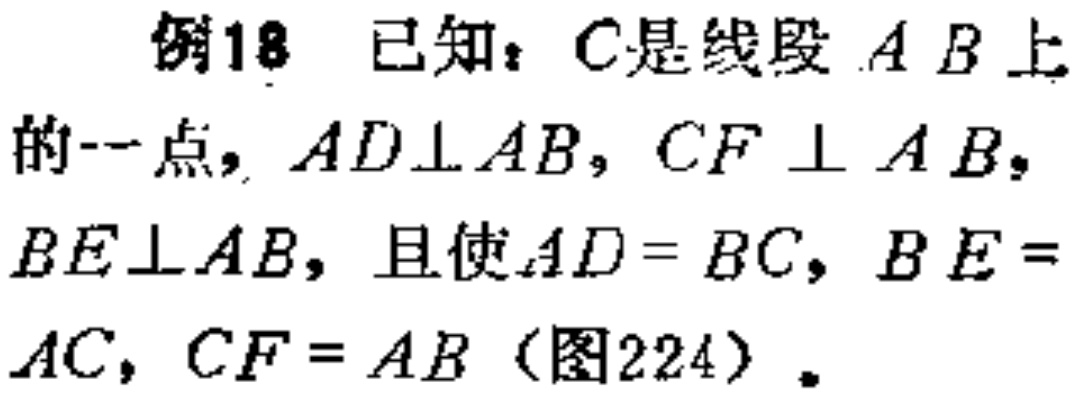
例18 已知：\(C\)是线段 \(AB\)上的一点，\(AD\perp AB\)，\(CF \perp AB\)，\(BE\perp AB\)，且使\(AD = BC\)，\(BE = AC\)，\(CF = AB\)（图224）。